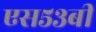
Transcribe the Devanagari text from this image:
एस५३बी